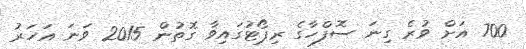
700 އަށް ވުރެ ގިނަ ސޮފްހާގެ ރިޕޯޓުގައިވާ ގޮތުން 2015 ވަނަ އަހަރު